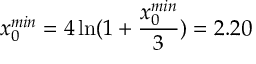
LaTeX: x _ { 0 } ^ { m i n } = 4 \ln ( 1 + { \frac { x _ { 0 } ^ { m i n } } { 3 } } ) = 2 . 2 0